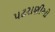
પટરાણીઓ